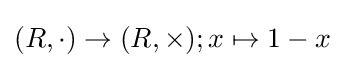
(R,\cdot )\to (R,\times );x\mapsto 1-x